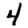
Digit: 4